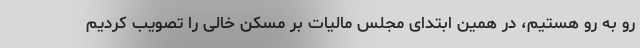
رو به رو هستیم، در همین ابتدای مجلس مالیات بر مسکن خالی را تصویب کردیم